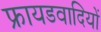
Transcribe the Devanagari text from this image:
फ्रायडवादियों